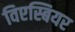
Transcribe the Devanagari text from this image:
विएस्बियर